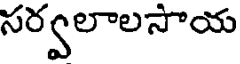
సర్వలాలసాయ